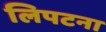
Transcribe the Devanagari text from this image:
लिपटना